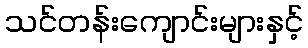
သင်တန်းကျောင်းများနှင့်